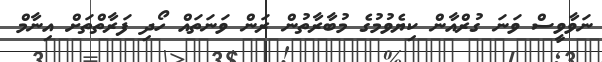
ނަވާވީސް ވަނަ ގުރްއާން ކިޔެވުމުގެ މުބާރާތުން ރަން ވަނަތައް ހޯދި ފަރާތްތަށް އިނާމް